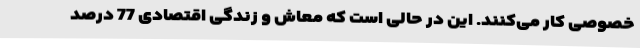
خصوصی کار می‌کنند. این در حالی است که معاش و زندگی اقتصادی 77 درصد